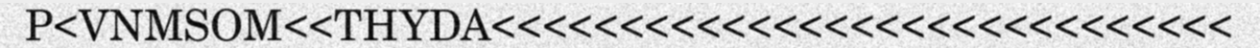
P<VNMSOM<<THYDA<<<<<<<<<<<<<<<<<<<<<<<<<<<<<